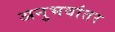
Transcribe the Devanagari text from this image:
अनुभवांतर